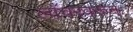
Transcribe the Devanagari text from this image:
लाँचरवरून